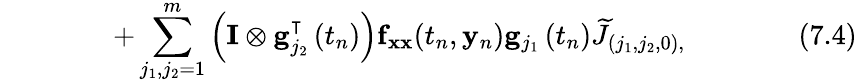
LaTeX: \qquad\qquad+\sum_{j_{1},j_{2}=1}^{m}\left(\mathbf{I}\otimes\mathbf{g}_{j_{2}}^{\intercal}\left(t_{n}\right)\right)\mathbf{f}_{\mathbf{xx}}(t_{n},\mathbf{y}_{n})\mathbf{g}_{j_{1}}\left(t_{n}\right){\widetilde{J}}_{\left(j_{1},j_{2},0\right),}\qquad\qquad(7.4)